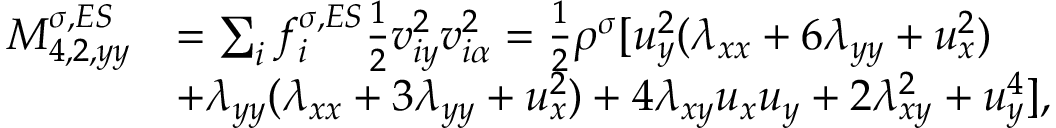
\begin{array} { r } { \begin{array} { r l } { M _ { 4 , 2 , y y } ^ { \sigma , E S } } & { = \sum _ { i } f _ { i } ^ { \sigma , E S } \frac { 1 } { 2 } v _ { i y } ^ { 2 } v _ { i \alpha } ^ { 2 } = \frac { 1 } { 2 } \rho ^ { \sigma } [ u _ { y } ^ { 2 } ( \lambda _ { x x } + 6 \lambda _ { y y } + u _ { x } ^ { 2 } ) } \\ & { + \lambda _ { y y } ( \lambda _ { x x } + 3 \lambda _ { y y } + u _ { x } ^ { 2 } ) + 4 \lambda _ { x y } u _ { x } u _ { y } + 2 \lambda _ { x y } ^ { 2 } + u _ { y } ^ { 4 } ] , } \end{array} } \end{array}